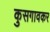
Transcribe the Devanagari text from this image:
कुसगावकर